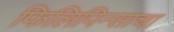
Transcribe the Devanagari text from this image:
फिलिपिन्साचा